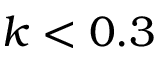
k < 0 . 3